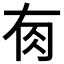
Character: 𰭿